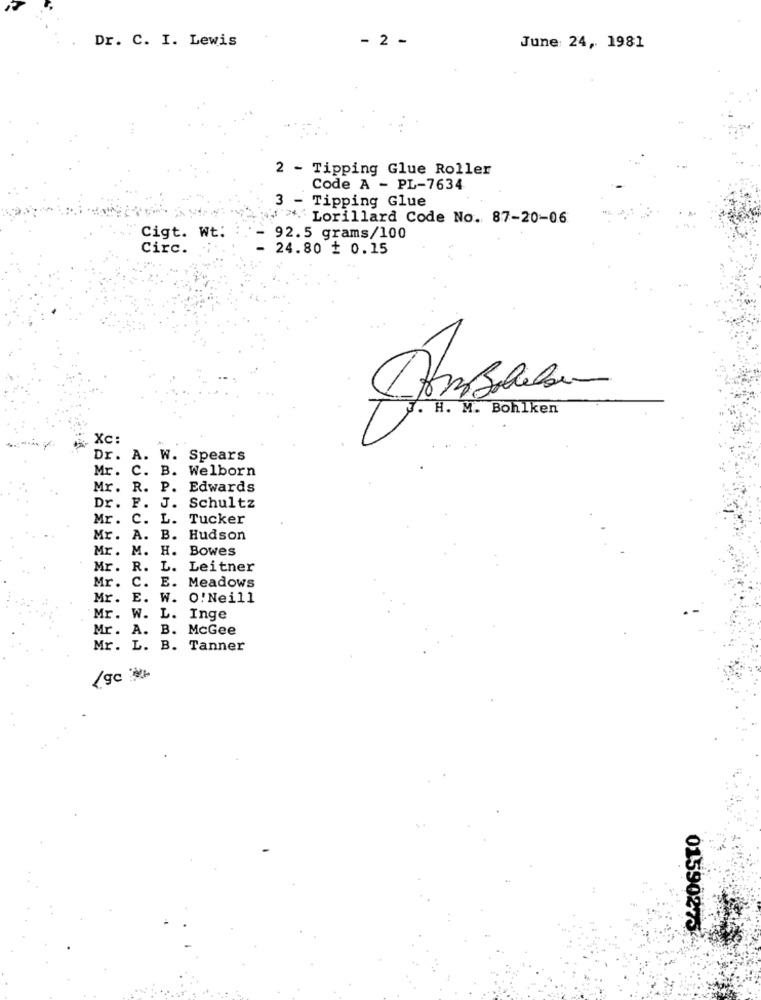
Dr. C. I. Lewis
- 2 -
June 24, 1981
2 - Tipping Glue Roller
Code A - PL-7634
3 - Tipping Glue
""Lorillard Code No. 87-20-06
Cigt. Wt:
92.5 grams/100
circ.
24.80 + 0.15
. H. M. Bohlken
Xc:
. A.
W. Spears
Mr. C. B. Welborn
Mr. R. P.
Edwards
Dr. F. J. Schultz
Mr. C. L. Tucker
Mr. A. B. Hudson
Mr. M. H. Bowes
Mr. R. L. Leitner
E. Meadows
Mr. C.
Mr. E. W. O. Neill
Mr. W. L. Inge
Mr. A. B. McGee
Mr. L. B. Tanner
01590273